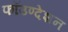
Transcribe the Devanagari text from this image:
फॉउण्देशन